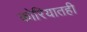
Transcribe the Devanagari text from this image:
कोरियातही